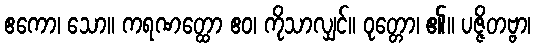
ဧကော၊ သော။ ကရဏတ္ထော ဧဝ၊ ကိုသာလျှင်။ ဝုတ္တော၊ ၏။ ပဇ္ဇိတဗ္ဗာ၊